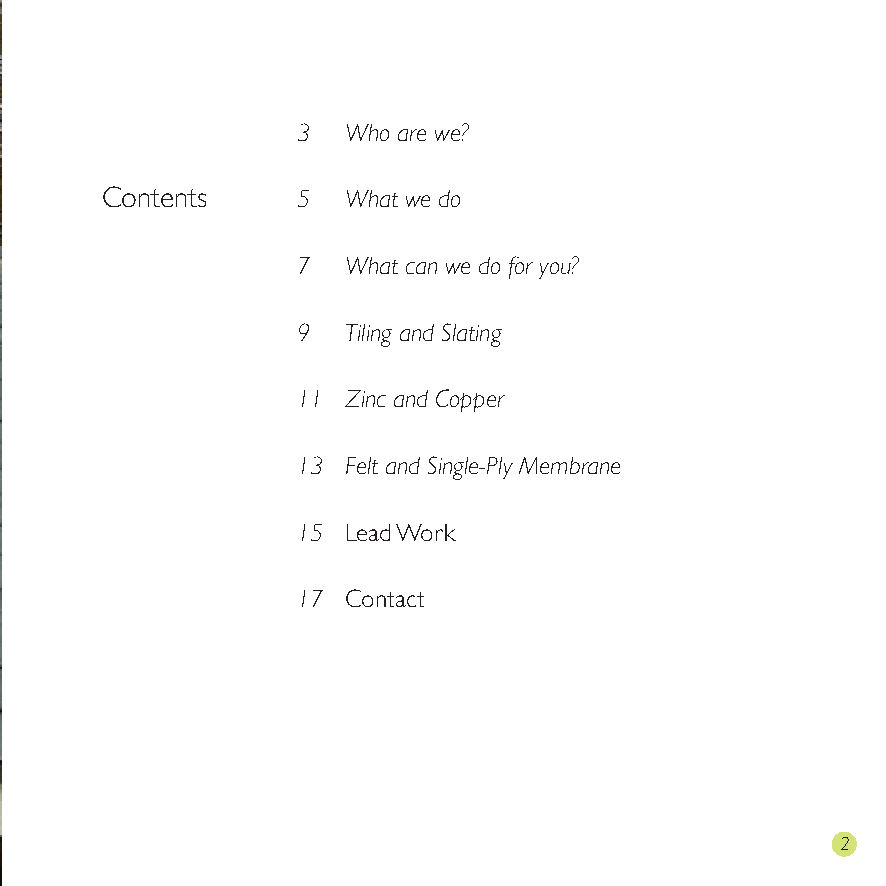
ELC Roofing: Contents
 3  Who are we?
 Contents     5  What we do
 7  What can we do for you?
 9  Tiling and Slating
 11 Zinc and Copper
 13 Felt and Single-Ply Membrane
 15 Lead Work
 17 Contact
 1                                                       2